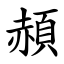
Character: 頳